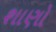
શાણો